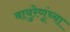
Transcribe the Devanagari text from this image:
वायुरेणूंच्या